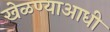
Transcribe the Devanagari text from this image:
खेळण्याआधी